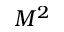
M ^ { 2 }